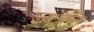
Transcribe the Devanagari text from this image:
अनटचेब्ल्स